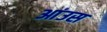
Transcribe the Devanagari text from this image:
आंउस